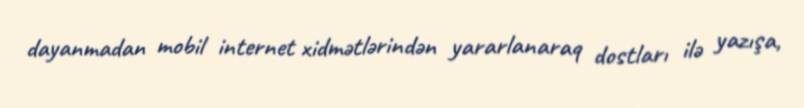
dayanmadan mobil internet xidmətlərindən yararlanaraq dostları ilə yazışa,